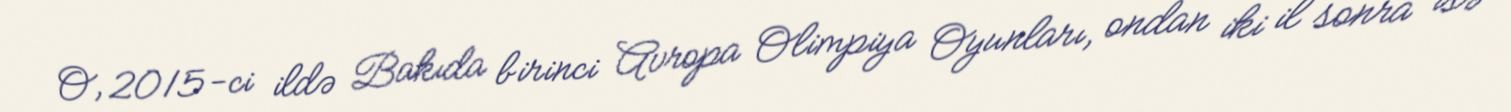
O, 2015-ci ildə Bakıda birinci Avropa Olimpiya Oyunları, ondan iki il sonra isə